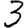
Digit: 3